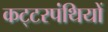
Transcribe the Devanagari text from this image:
कट्‍टरपंथियों